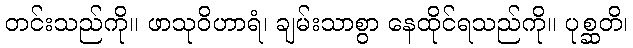
တင်းသည်ကို။ ဖာသုဝိဟာရံ၊ ချမ်းသာစွာ နေထိုင်ရသည်ကို။ ပုစ္ဆတိ၊